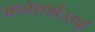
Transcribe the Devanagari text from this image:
अव्जेर्ह्फ्वेउइर्फ्